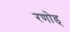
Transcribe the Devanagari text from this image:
रणोड्